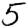
Digit: 5